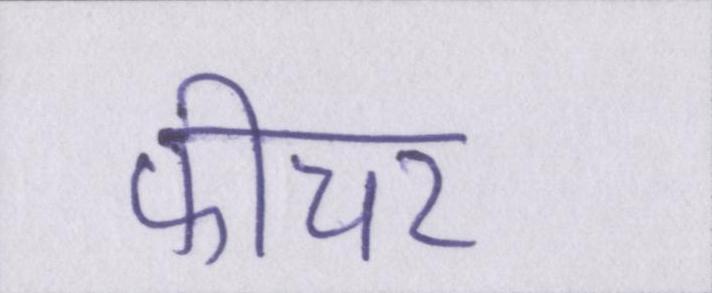
फीचर